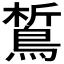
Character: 𪁻